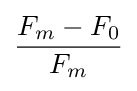
{\frac {F_{m}-F_{0}}{F_{m}}}